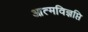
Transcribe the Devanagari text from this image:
आत्मविज्ञप्ति